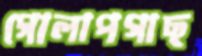
গোলাপগাছ